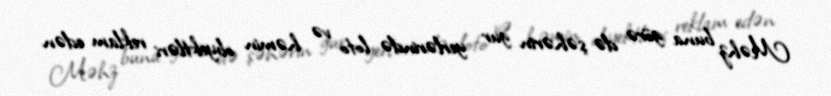
Məhz buna görə də şəhərin gur yerlərində loto və həmin obyektləri reklam edən